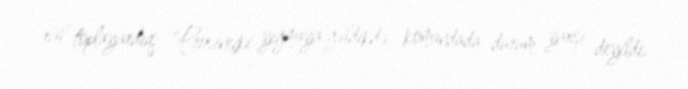
xal toplayardıq: “Prosineçki yığmaya gəldikdə, komandada durum yaxşı deyildi.